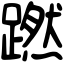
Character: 蹨